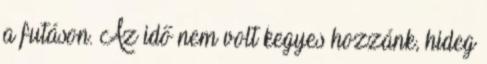
a futáson. Az idő nem volt kegyes hozzánk, hideg